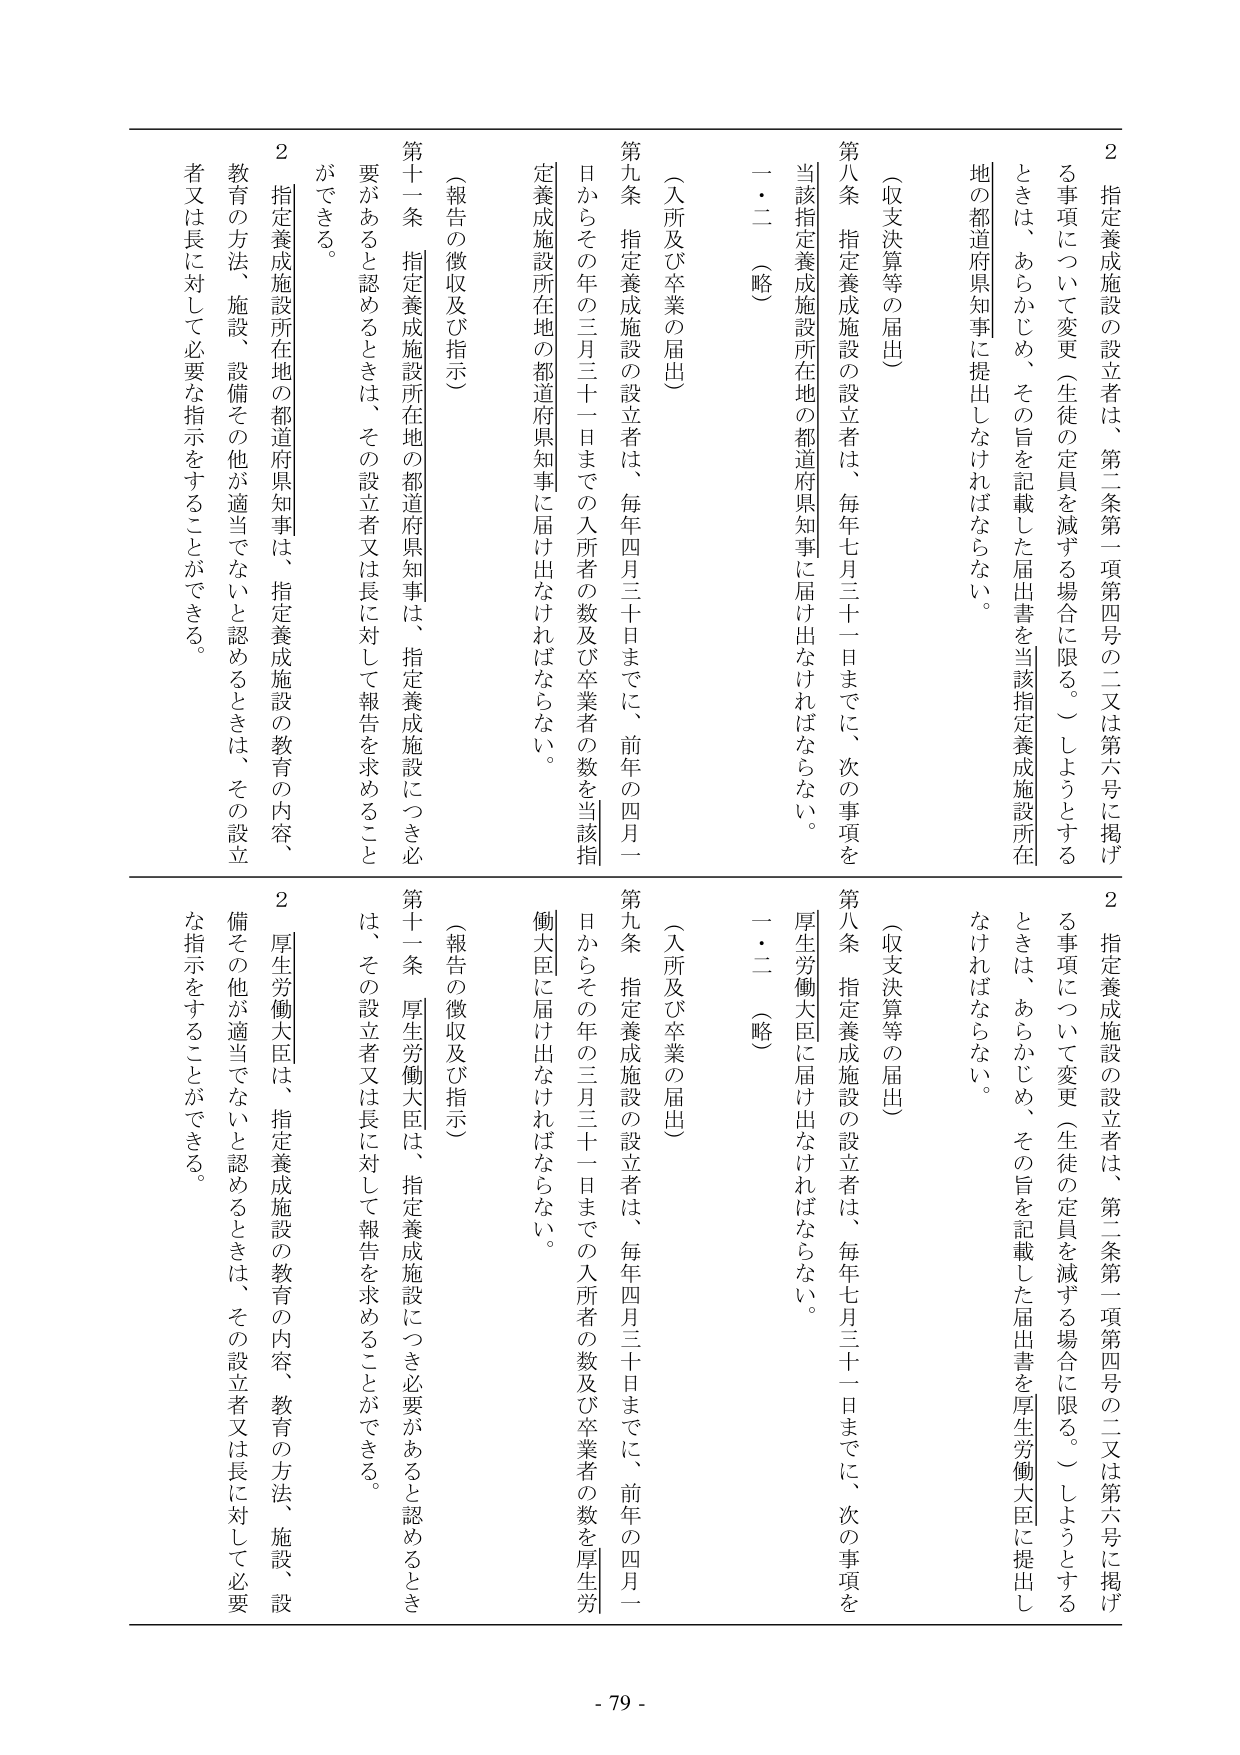
2 指定養成施設の設立者は、第二条第一項第四号の二又は第六号に掲げる事項について変更（生徒の定員を減ずる場合に限る。）しようとするときは、あらかじめ、その旨を記載した届出書を当該指定養成施設所在地の都道府県知事に提出しなければならない。

（収支決算等の届出）

第八条 指定養成施設の設立者は、毎年七月三十一日までに、次の事項を当該指定養成施設所在地の都道府県知事に届け出なければならない。

一・二 （略）

（入所及び卒業の届出）

第九条 指定養成施設の設立者は、毎年四月三十日までに、前年の四月一日からその年の三月三十一日までの入所者の数及び卒業者の数を当該指定養成施設所在地の都道府県知事に届け出なければならない。

（報告の徴収及び指示）

第十一条 指定養成施設所在地の都道府県知事は、指定養成施設につき必要があると認めるときは、その設立者又は長に対して報告を求めることができる。

2 指定養成施設所在地の都道府県知事は、指定養成施設の教育の内容、教育の方法、施設、設備その他が適当でないと認めるときは、その設立者又は長に対して必要な指示をすることができる。

2 指定養成施設の設立者は、第二条第一項第四号の二又は第六号に掲げる事項について変更（生徒の定員を減ずる場合に限る。）しようとするときは、あらかじめ、その旨を記載した届出書を厚生労働大臣に提出しなければならない。

（収支決算等の届出）

第八条 指定養成施設の設立者は、毎年七月三十一日までに、次の事項を厚生労働大臣に届け出なければならない。

一・二 （略）

（入所及び卒業の届出）

第九条 指定養成施設の設立者は、毎年四月三十日までに、前年の四月一日からその年の三月三十一日までの入所者の数及び卒業者の数を厚生労働大臣に届け出なければならない。

（報告の徴収及び指示）

第十一条 厚生労働大臣は、指定養成施設につき必要があると認めるときは、その設立者又は長に対して報告を求めることができる。

2 厚生労働大臣は、指定養成施設の教育の内容、教育の方法、施設、設備その他が適当でないと認めるときは、その設立者又は長に対して必要な指示をすることができる。

- 79 -